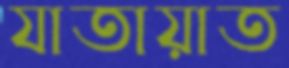
যাতায়াত